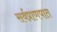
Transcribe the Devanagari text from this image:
सर्वप्राणपात